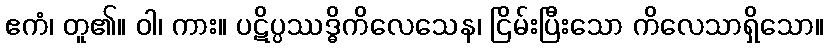
ဧကံ၊ တူ၏။ ဝါ၊ ကား။ ပဋိပ္ပဿဒ္ဓိကိလေသေန၊ ငြိမ်းပြီးသော ကိလေသာရှိသော။